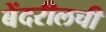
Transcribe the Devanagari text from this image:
बेंदरीलची